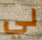
لي